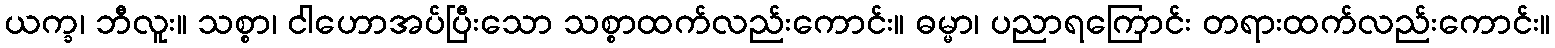
ယက္ခ၊ ဘီလူး။ သစ္စာ၊ ငါဟောအပ်ပြီးသော သစ္စာထက်လည်းကောင်း။ ဓမ္မာ၊ ပညာရကြောင်း တရားထက်လည်းကောင်း။